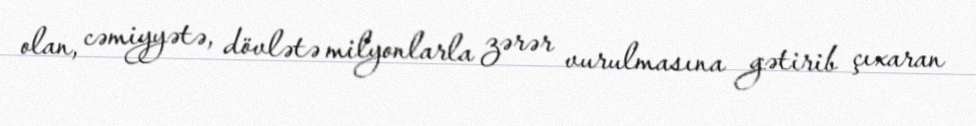
olan, cəmiyyətə, dövlətə milyonlarla zərər vurulmasına gətirib çıxaran